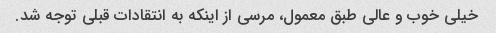
خیلی خوب و عالی طبق معمول، مرسی از اینکه به انتقادات قبلی توجه شد.